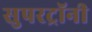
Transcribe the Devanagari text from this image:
सुपरट्रॉनी